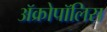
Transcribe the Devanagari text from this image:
ॲक्रोपॉलिस